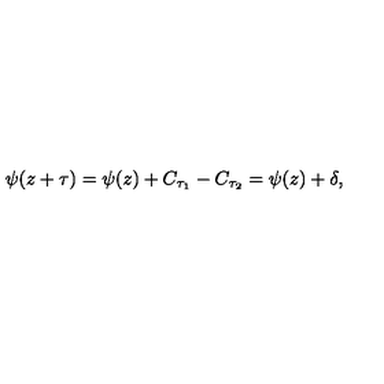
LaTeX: \psi ( z + \tau ) = \psi ( z ) + C _ { \tau _ { 1 } } - C _ { \tau _ { 2 } } = \psi ( z ) + \delta ,